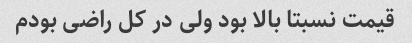
قیمت نسبتا بالا بود ولی در کل راضی بودم